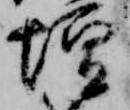
壇